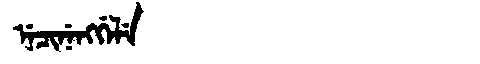
Manchu: ᠨᡝᠴᡳᠨᡝᠩᡤᡝᠯᡝ
Romanization: NECINENGGELE